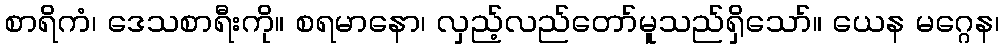
စာရိကံ၊ ဒေသစာရီးကို။ စရမာနော၊ လှည့်လည်တော်မူသည်ရှိသော်။ ယေန မဂ္ဂေန၊